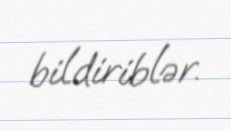
bildiriblər.